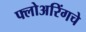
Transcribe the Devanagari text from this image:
फ्लोअरिंगचे